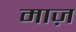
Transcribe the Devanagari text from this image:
माज़